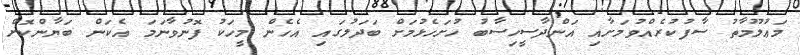
މަޢުލޫމާތު ސާފުކުރެއްވުމަށާއި އަންދާސީހިސާބު ހުށަހެޅުމަށް ބަދަލުގައި އެހެން މީހަކު ފޮނުވާނަމަ އެކަން ބަޔާންކޮށް